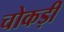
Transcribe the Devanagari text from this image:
चोकड़ी